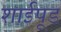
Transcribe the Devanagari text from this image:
शाईपूड